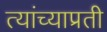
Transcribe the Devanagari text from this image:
त्यांच्याप्रती